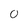
Character: 0